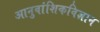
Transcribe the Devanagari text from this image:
आनुवांशिकविज्ञान